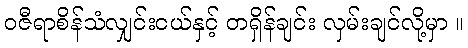
ဝဇီရာစိန်သံလျှင်းငယ်နှင့် တရှိန်ချင်း လှမ်းချင်လို့မှာ ။